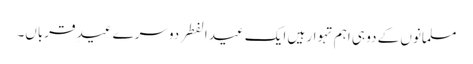
مسلمانوں کے دو ہی اہم تہوار ہیں ایک عید الفطر دوسرے عیدِ قرباں۔